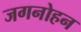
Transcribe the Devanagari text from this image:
जगनोहन